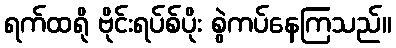
ရက်ထရို ဗိုင်းရပ်စ်ပိုး စွဲကပ်နေကြသည်။